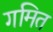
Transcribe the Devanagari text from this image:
गमित